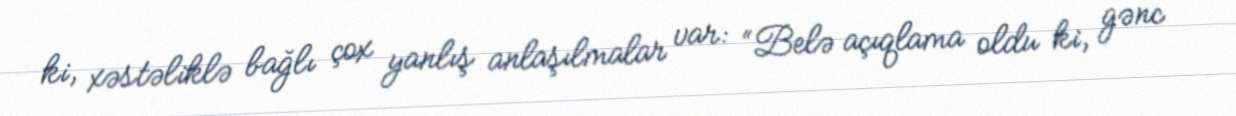
ki, xəstəliklə bağlı çox yanlış anlaşılmalar var: “Belə açıqlama oldu ki, gənc